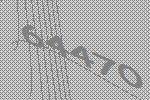
64470